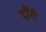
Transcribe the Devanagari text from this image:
दौंरी